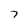
Character: 7